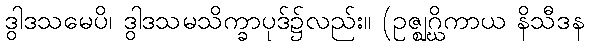
ဒွါဒသမေပိ၊ ဒွါဒသမသိက္ခာပုဒ်၌လည်း။ (ဥဇ္ဈဂ္ဃိကာယ နိသီဒန